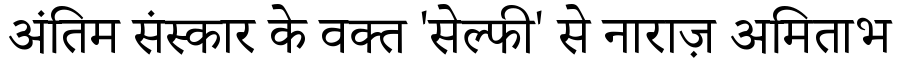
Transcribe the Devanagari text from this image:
अंतिम संस्कार के वक्त 'सेल्फी' से नाराज़ अमिताभ